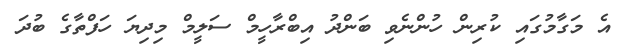
އެ މަގާމުގައި ކުރިން ހުންނެވި ބަންދު އިބްރާހީމް ސަލީމް މިދިޔަ ހަފްތާގެ ބުދަ